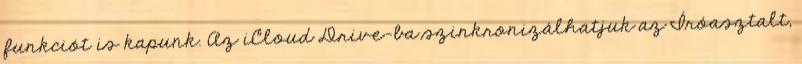
funkciót is kapunk. Az iCloud Drive-ba szinkronizálhatjuk az Íróasztalt,